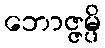
ဘောဇ္ဇမ္ပိ